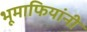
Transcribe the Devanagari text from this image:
भूमाफियांनी